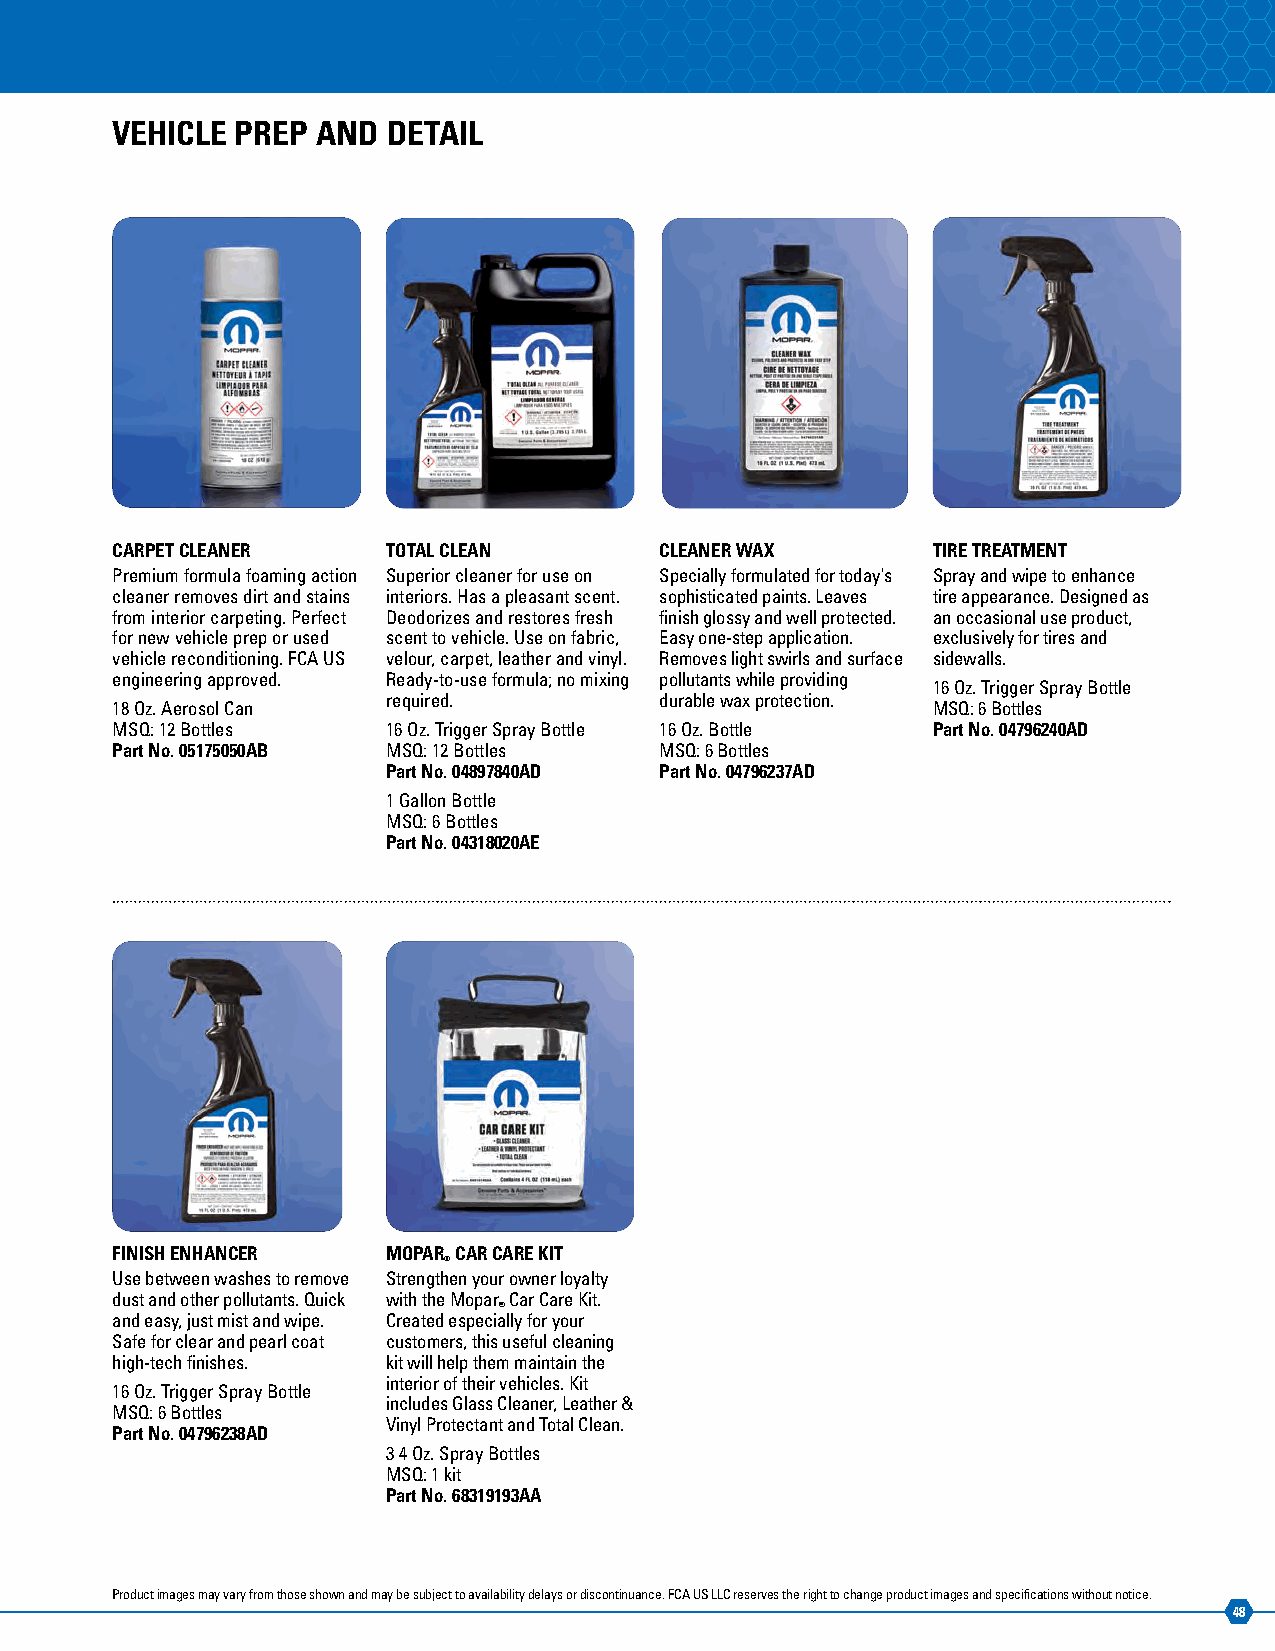
VEHICLE  PREP AND  DETAIL
 CARPET CLEANER     TOTAL CLEAN       CLEANER WAX       TIRE TREATMENT
 Premium formula foaming action Superior cleaner for use on Specially formulated for today's Spray and wipe to enhance
 cleaner removes dirt and stains interiors. Has a pleasant scent. sophisticated paints. Leaves tire appearance. Designed as
 from interior carpeting. Perfect Deodorizes and restores fresh finish glossy and well protected. an occasional use product,
 for new vehicle prep or used scent to vehicle. Use on fabric, Easy one-step application. exclusively for tires and
 vehicle reconditioning. FCA US velour, carpet, leather and vinyl. Removes light swirls and surface sidewalls.
 engineering approved. Ready-to-use formula; no mixing pollutants while providing
 16 Oz. Trigger Spray Bottle
 required.         durable wax protection.
 18 Oz. Aerosol Can                                     MSQ: 6 Bottles
 MSQ: 12 Bottles    16 Oz. Trigger Spray Bottle 16 Oz. Bottle Part No. 04796240AD
 Part No. 05175050AB MSQ: 12 Bottles  MSQ: 6 Bottles
 Part No. 04897840AD Part No. 04796237AD
 1 Gallon Bottle
 MSQ: 6 Bottles
 Part No. 04318020AE
 FINISH ENHANCER    MOPAR CAR CARE KIT
 ®
 Use between washes to remove Strengthen your owner loyalty
 dust and other pollutants. Quick with the Mopar Car Care Kit.
 ®
 and easy, just mist and wipe. Created especially for your
 Safe for clear and pearl coat customers, this useful cleaning
 high-tech finishes. kit will help them maintain the
 interior of their vehicles. Kit
 16 Oz. Trigger Spray Bottle
 includes Glass Cleaner, Leather &
 MSQ: 6 Bottles
 Vinyl Protectant and Total Clean.
 Part No. 04796238AD
 3 4 Oz. Spray Bottles
 MSQ: 1 kit
 Part No. 68319193AA
 Product images may vary from those shown and may be subject to availability delays or discontinuance. FCA US LLC reserves the right to change product images and specifications without notice.
 48